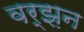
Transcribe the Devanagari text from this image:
वर्झ़न